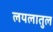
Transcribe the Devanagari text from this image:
लयलातुल